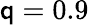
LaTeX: \mathsf{q}=0.9